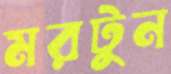
মরটুন